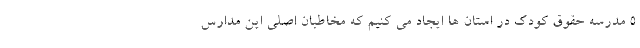
۵ مدرسه حقوق کودک در استان ها ایجاد می کنیم که مخاطبان اصلی این مدارس